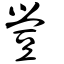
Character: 䝁